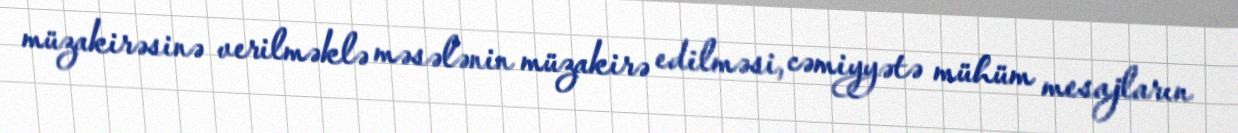
müzakirəsinə verilməklə məsələnin müzakirə edilməsi, cəmiyyətə mühüm mesajların